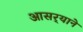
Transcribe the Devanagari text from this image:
आसर्‍याने